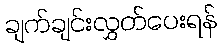
ချက်ချင်းလွှတ်ပေးရန်